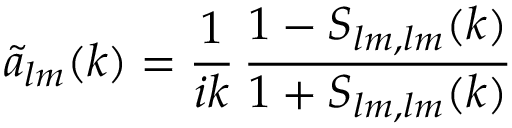
\tilde { a } _ { l m } ( k ) = \frac { 1 } { i k } \, \frac { 1 - S _ { l m , l m } ( k ) } { 1 + S _ { l m , l m } ( k ) }